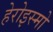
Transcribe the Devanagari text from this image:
हेरोइस्मो